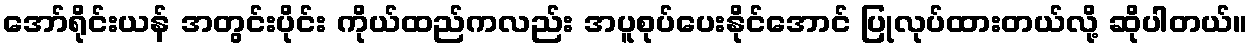
အော်ရိုင်းယန် အတွင်းပိုင်း ကိုယ်ထည်ကလည်း အပူစုပ်ပေးနိုင်အောင် ပြုလုပ်ထားတယ်လို့ ဆိုပါတယ်။